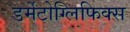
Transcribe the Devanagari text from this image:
डर्मेटोग्लिफिक्स